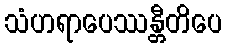
သံဟရာပေဿန္တီတိပေ